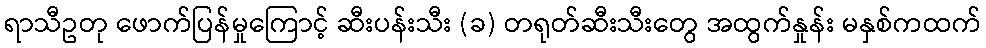
ရာသီဥတု ဖောက်ပြန်မှုကြောင့် ဆီးပန်းသီး (ခ) တရုတ်ဆီးသီးတွေ အထွက်နှုန်း မနှစ်ကထက်